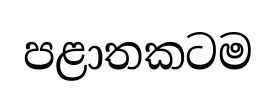
පළාතකටම